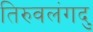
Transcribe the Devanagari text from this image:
तिरुवलंगदु